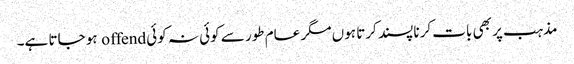
مذہب پر بھی بات کرنا پسند کرتا ہوں مگر عام طور سے کوئی نہ کوئی offend ہو جاتا ہے۔